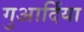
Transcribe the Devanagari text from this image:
गुआर्दिया